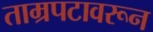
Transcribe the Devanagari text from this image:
ताम्रपटावरून